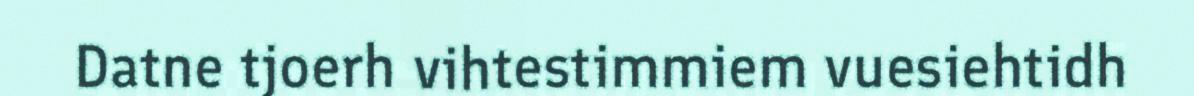
Datne tjoerh vihtestimmiem vuesiehtidh